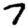
Digit: 7